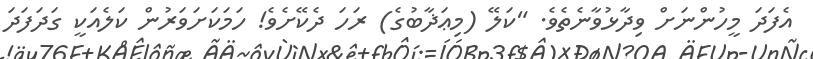
އެފަދަ މީހުންނަށް ވިދާޅުވާނެތެވެ. "ކަލޭ (މިޢަޛާބުގެ) ރަހަ ދެކޭށެވެ! ހަމަކަށަވަރުން ކަލެއަކީ ގަދަފަދަ